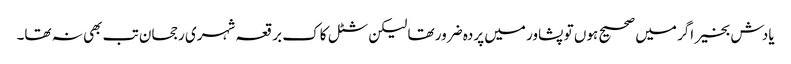
یادش بخیر اگر میں صحیح ہوں تو پشاور میں پردہ ضرور تھا لیکن شٹل کاک برقعہ شہری رجحان تب بھی نہ تھا۔